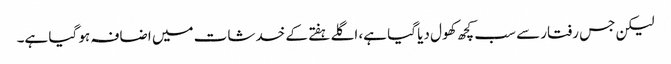
لیکن جس رفتار سے سب کچھ کھول دیا گیا ہے، اگلے ہفتے کے خدشات میں اضافہ ہو گیا ہے۔